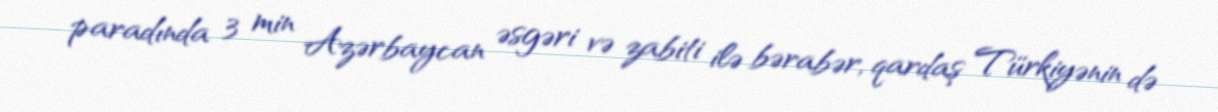
paradında 3 min Azərbaycan əsgəri və zabiti ilə bərabər, qardaş Türkiyənin də